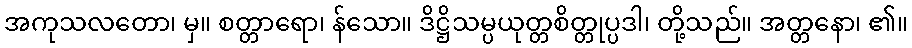
အကုသလတော၊ မှ။ စတ္တာရော၊ န်သော။ ဒိဋ္ဌိသမ္ပယုတ္တစိတ္တုပ္ပဒါ၊ တို့သည်။ အတ္တနော၊ ၏။